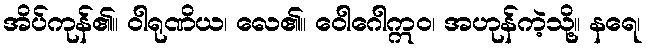
အိပ်ကုန်၏။ ဝါရုဏိယ၊ လေ၏။ ဝေါဂေါဣဝ၊ အဟုန်ကဲ့သို့။ နရေ၊